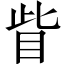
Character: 眥